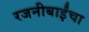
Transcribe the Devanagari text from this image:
रजनीबाईंचा